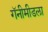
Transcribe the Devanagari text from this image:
गॅनीमीडला